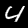
Digit: 4